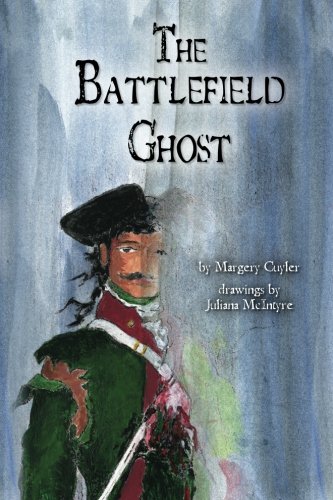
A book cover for The Battlefield Ghost; Margery Cuyler; Crafts, Hobbies & Home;